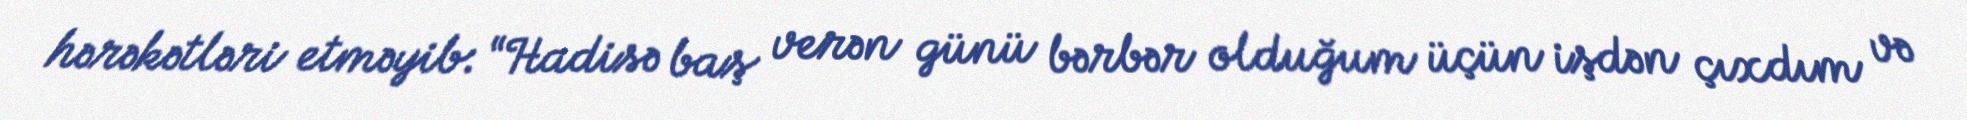
hərəkətləri etməyib: “Hadisə baş verən günü bərbər olduğum üçün işdən çıxdım və